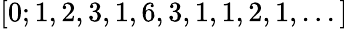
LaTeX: [0;1,2,3,1,6,3,1,1,2,1,...]